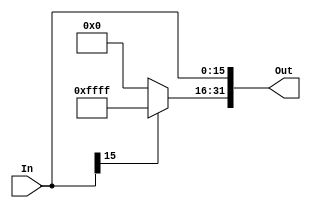
`timescale 1ns / 1ps
//////////////////////////////////////////////////////////////////////////////////
// Company: 
// Engineer: 
// 
// Design Name: 
// Module Name: SignExtend
// Project Name: 
// Target Devices: 
// Tool Versions: 
// Description: 
// 
// Dependencies: 
// 
// Revision:
// Revision 0.01 - File Created
// Additional Comments:
// 
//////////////////////////////////////////////////////////////////////////////////


module SignExtend #(parameter DIGIT = 16)(In, Out);
    input      [DIGIT - 1 : 0] In;
    
    output [2 * DIGIT - 1 : 0] Out;
    
    assign Out[    DIGIT - 1 : 0    ] = In;
    assign Out[2 * DIGIT - 1 : DIGIT] = In[DIGIT - 1] ? {DIGIT{1'b1}} : {DIGIT{1'b0}};
endmodule